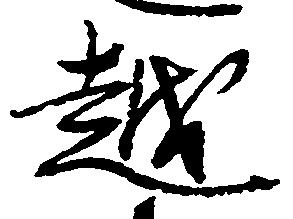
越